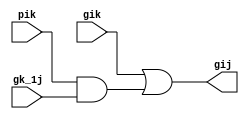
module Grey(gik,pik,gk_1j,gij);

	input gik,pik,gk_1j;
	output gij;
	wire w;
	
	and(w,pik,gk_1j);
	or(gij,gik,w);


endmodule